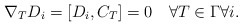
\begin{align*} \nabla_TD_i=[D_i,C_T]=0\quad\forall T\in\Gamma\forall i.\end{align*}